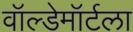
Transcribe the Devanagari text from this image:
वॉल्डेमॉर्टला